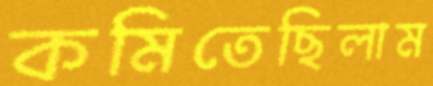
কমিতেছিলাম